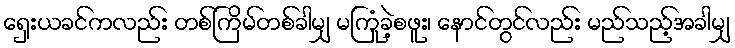
ရှေးယခင်ကလည်း တစ်ကြိမ်တစ်ခါမျှ မကြုံခဲ့စဖူး၊ နောင်တွင်လည်း မည်သည့်အခါမျှ